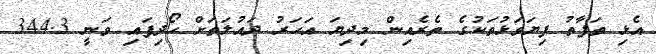
އެޅި ތަފާތު ފިޔަވަޅުތަކުގެ ތެރެއިން މިދިޔަ އަހަރު ދައުލަތަށް ހޯދިފައި ވަނީ 344.3